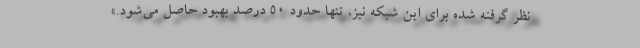
نظر گرفته شده براي اين شبكه نيز، تنها حدود ۵۰ درصد بهبود حاصل مي‌شود.»